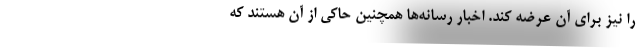
را نیز برای آن عرضه کند. اخبار رسانه‌ها همچنین حاکی از آن هستند که